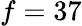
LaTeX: f=37